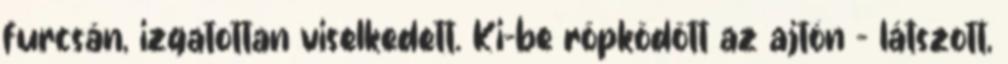
furcsán, izgatottan viselkedett. Ki-be röpködött az ajtón – látszott,